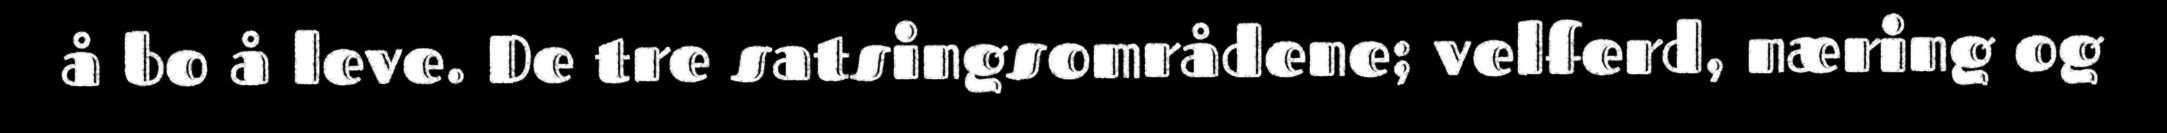
å bo å leve. De tre satsingsområdene; velferd, næring og